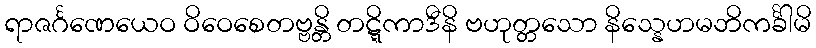
ရာဇင်္ဂဏေယေဝ ဝိဝေစေတဗ္ဗန္တိ တဋ္ဋိကာဒီနိ ဗဟုတ္တသော နိသ္နေဟမဘိကင်္ခါမိ